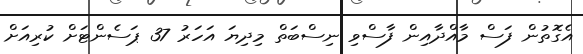
އެގޮތުން ފަސް މާއްދާއިން ފާސްވި ނިސްބަތް މިދިޔަ އަހަރު 37 ޕަސެންޓަށް ކުރިއަށް